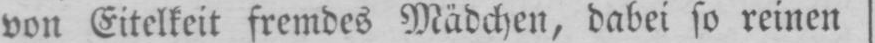
von Eitelkeit fremdes Mädchen, dabei so reinen